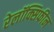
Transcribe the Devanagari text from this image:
रेलॉक्सिफीन